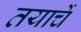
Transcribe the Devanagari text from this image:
तयाचें